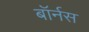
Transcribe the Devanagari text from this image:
बॉर्नस